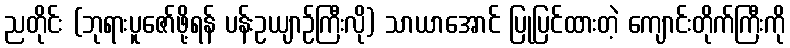
ညတိုင်း (ဘုရားပူဇော်ဖို့ရန် ပန်းဥယျာဉ်ကြီးလို) သာယာအောင် ပြုပြင်ထားတဲ့ ကျောင်းတိုက်ကြီးကို